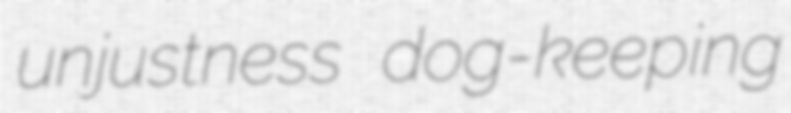
unjustness dog-keeping